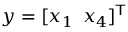
y = [ x _ { 1 } \, \, \, x _ { 4 } ] ^ { \mathsf { T } }